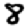
Digit: 8